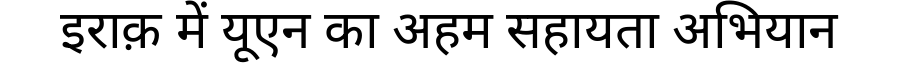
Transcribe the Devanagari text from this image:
इराक़ में यूएन का अहम सहायता अभियान